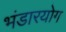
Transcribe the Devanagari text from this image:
भंडारयोग